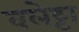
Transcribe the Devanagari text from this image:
वलेट्टा